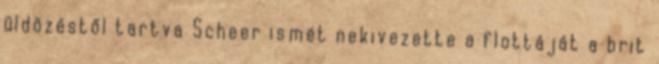
üldözéstől tartva Scheer ismét nekivezette a flottáját a brit